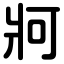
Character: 牁